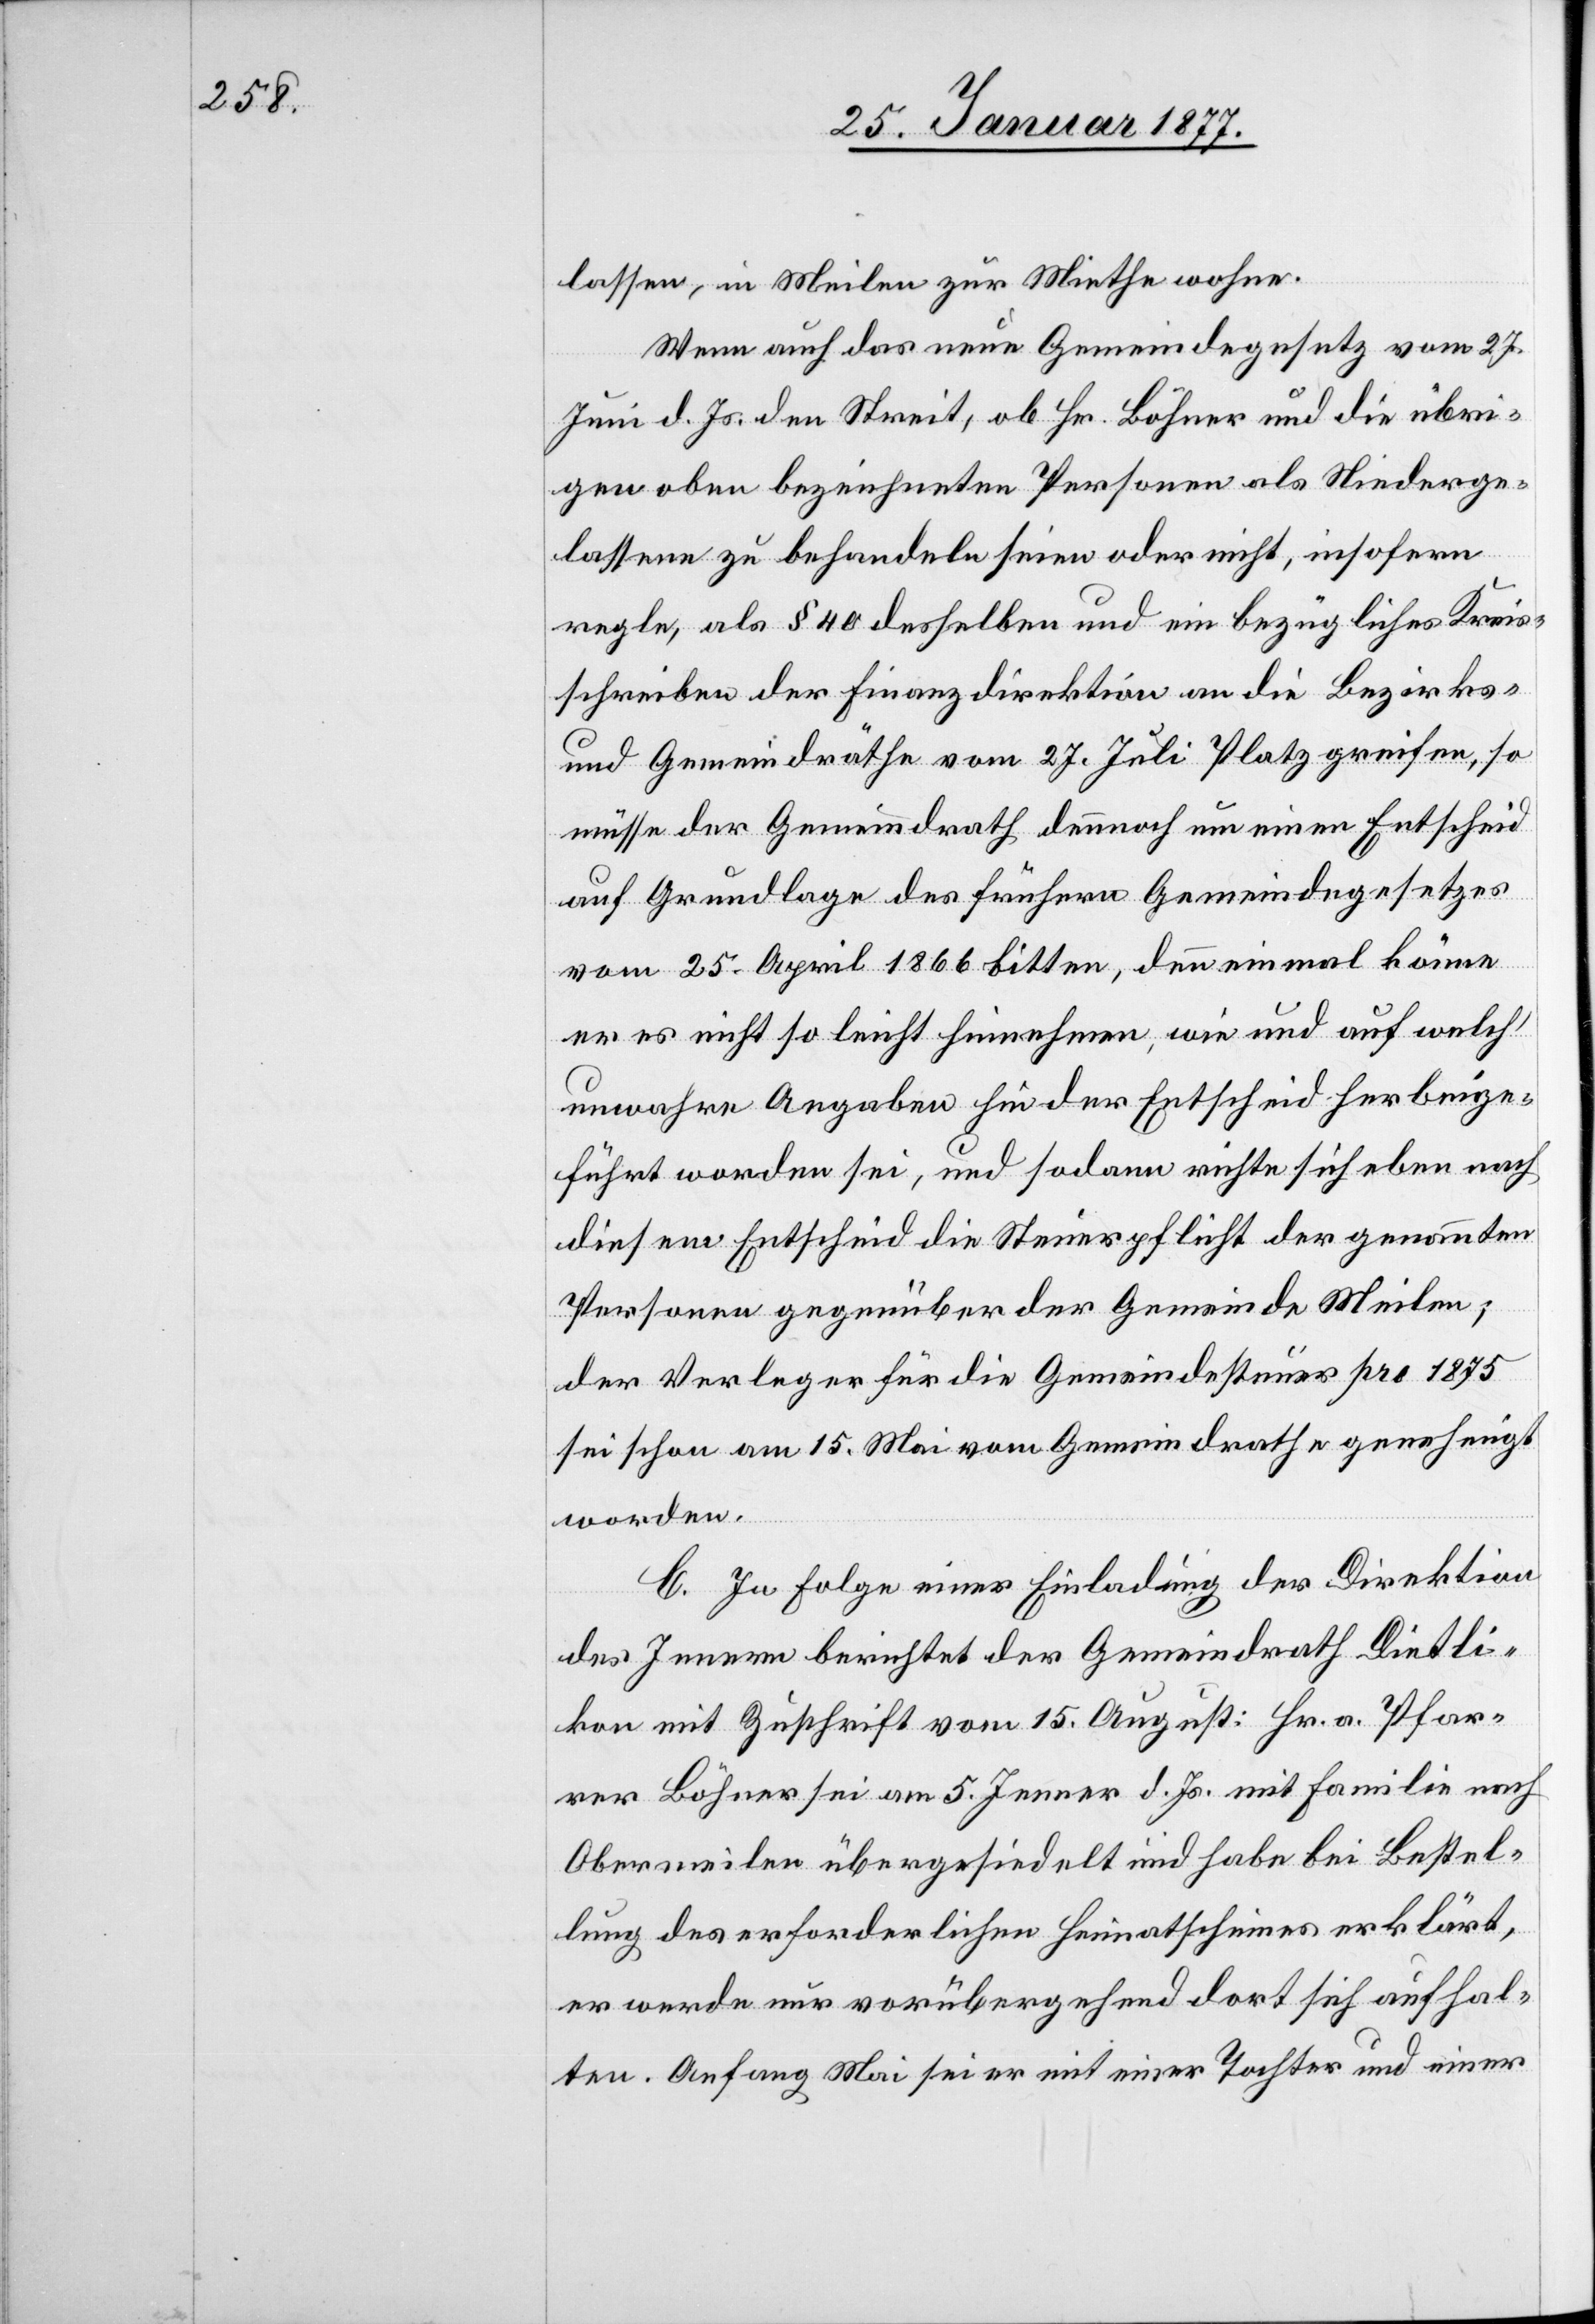
lassen, in Meilen zur Miethe wohne.
Wenn auch das neue Gemeindegesetz vom 27.
Juni d. Js. den Streit, ob Hr. Böhner und die übri¬
gen oben bezeichneten Personen als Niederge¬
lassene zu behandeln seien oder nicht, insofern
regle, als § 40 desselben und ein bezügliches Kreis¬
schreiben der Finanzdirektion an die Bezirks-
und Gemeindräthe vom 27. Juli Platz greifen, so
müsse der Gemeindrath dennoch um einen Entscheid
auf Grundlage des frühern Gemeindegesetzes
vom 25. April 1866 bitten, denn einmal könne
er es nicht so leicht hinnehmen, wie und auf welch’
unwahre Angaben hin der Entscheid herbeige¬
führt worden sei, und sodann richte sich eben nach
diesem Entscheid die Steuerpflicht der genannten
Personen gegenüber der Gemeinde Meilen;
der Verleger für die Gemeindesteuer pro 1875
sei schon am 15. Mai vom Gemeindrathe genehmigt
worden.
C. In Folge einer Einladung der Direktion
des Innern berichtet der Gemeindrath Dietli¬
kon mit Zuschrift vom 15. August: Hr. a. Pfar¬
rer Böhner sei am 5. Jenner d. Js. mit Familie nach
Obermeilen übergesiedelt und habe bei Bestel¬
lung des erforderlichen Heimatscheines erklärt,
er werde nur vorübergehend dort sich aufhal¬
ten. Anfang Mai sei er mit einer Tochter und einer